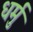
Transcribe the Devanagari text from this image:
धर्मु